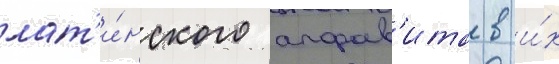
лат'и́нского алфав'ита в и́х